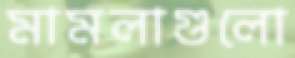
মামলাগুলো